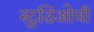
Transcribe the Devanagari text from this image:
स्टुडिओची